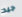
جيد